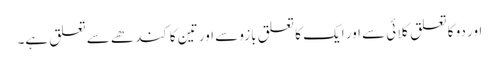
اور دو کا تعلق کلائی سے اور ایک کا تعلق بازو سے اور تین کا کندھے سے تعلق ہے۔